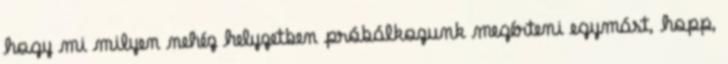
hogy mi milyen nehéz helyzetben próbálkozunk megérteni egymást, hopp,